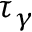
\tau _ { \gamma }